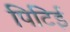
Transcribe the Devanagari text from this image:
पिटिई